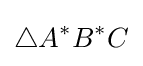
\triangle A^{*}B^{*}C